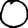
Digit: 0